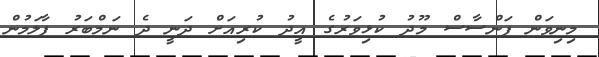
މިނިވަން ފަންސާސް މޫދު ކުޅިވަރުގެ އީދު ކުރިއަށް ދަނީ ދެ ނަމްބަރު ފާލަމުން